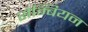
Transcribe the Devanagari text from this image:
सेम्बियन